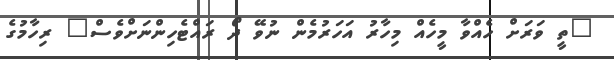
"ތީ ވަރަށް ހެއްވާ މީހެއް މިހާރު އަހަރުމެން ނުވޭ ދޯ ރައްޓެހިންނަށްވެސް" ރިހާމުގެ